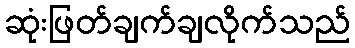
ဆုံးဖြတ်ချက်ချလိုက်သည်